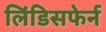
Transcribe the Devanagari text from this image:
लिंडिसफेर्न